Rangoon Lunatic Asylum 1878-1892 - 1878-1892
Year: 1878
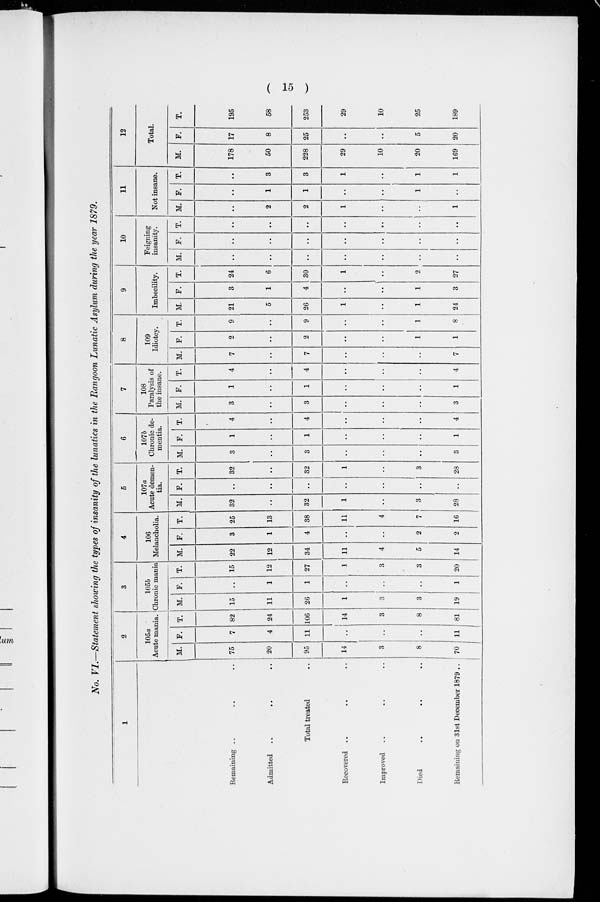
( 15 )
No. VI.—Statement showing the types of insanity of the lunatics in the Rangoon Lunatic Asylum during the year 1879.
1
Remaining .. .. ..
Admitted .. .. ..
Total treated .. .. ..
Recovered .. .. ..
Improved .. .. ..
Died .. .. ..
Remaining on 31st December 1879 ..
2
105a
Acute mania.
M.
75
20
95
14
3
8
70
F.
7
4
11
..
..
..
11
T.
82
24
106
14
3
8
81
3
105b
Chronic mania
M.
15
11
26
1
3
3
19
F.
..
1
1
..
..
..
1
T.
15
12
27
1
3
3
20
4
106
Melancholia.
M.
22
12
34
11
4
5
14
F.
3
1
4
..
..
2
2
T.
25
13
38
11
4
7
16
5
107a
Acute demen-
tia.
M.
32
..
32
1
..
3
28
F.
..
..
..
..
..
..
..
T.
32
..
32
1
..
3
28
6
107b
Chronic de-
mentia.
M.
3
..
3
..
..
..
3
F.
1
..
1
..
..
..
1
T.
4
..
4
..
..
..
4
7
108
Paralysis of
the insane.
M.
3
..
3
..
..
..
3
F.
1
..
1
..
..
..
1
T.
4
..
4
..
..
..
4
8
109
Idiotcy.
M.
7
..
7
..
..
..
7
F.
2
..
2
..
..
1
1
T.
9
..
9
..
..
1
8
9
Imbecility.
M.
21
5
26
1.
..
1
24
F.
3
1
4
..
..
1
3
T.
24
6
30
1
..
2
27
10
Feigning
insanity.
M.
..
..
..
..
..
..
..
F.
..
..
..
..
..
..
..
T.
..
..
..
..
..
..
..
11
Not insane.
M.
..
2
2
1
..
..
1
F.
..
1
1
..
..
1
..
T.
..
3
3
1
..
1
1
12
Total.
M.
178
50
228
29
10
20
169
F.
17
8
25
..
..
5
20
T.
195
58
253
29
10
25
189